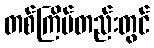
တစ်ကြိမ်တည်းတွင်